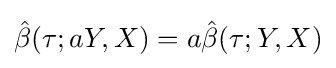
{\hat {\beta }}(\tau ;aY,X)=a{\hat {\beta }}(\tau ;Y,X)